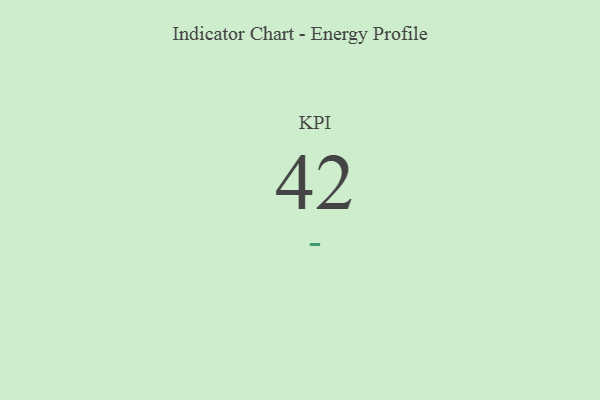
{"axis": {"x": "KPI", "y": "Value"}, "legend": [""], "data": [{"x": "KPI", "y": 42, "type": ""}]}